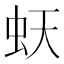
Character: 𧉂